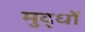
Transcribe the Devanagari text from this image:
मुद्धों